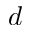
d